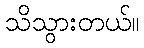
သိသွားတယ်။